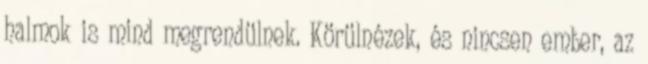
halmok is mind megrendülnek. Körülnézek, és nincsen ember, az